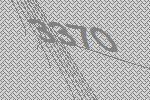
3370